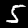
Label: 5